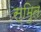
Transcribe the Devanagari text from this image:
स्मुित